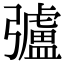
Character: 𢐸